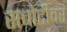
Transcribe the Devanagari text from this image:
सचोटीवर